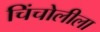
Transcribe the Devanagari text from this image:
चिंचोलीला